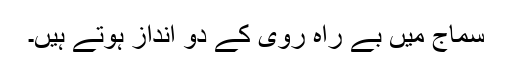
سماج ميں بے راہ روى کے دو انداز ہوتے ہيں۔